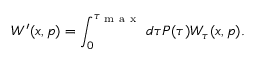
W ^ { \prime } ( x , p ) = \int _ { 0 } ^ { \tau _ { \mathrm { ~ m ~ a ~ x ~ } } } d \tau P ( \tau ) W _ { \tau } ( x , p ) .